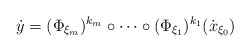
\begin{align*}\dot y = (\Phi_{\xi_{m}})^{k_{m}} \circ \dots \circ (\Phi_{\xi_1})^{k_1} (\dot x_{\xi_0})\end{align*}